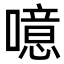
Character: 噫